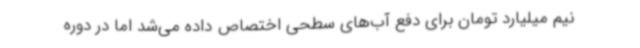
نیم میلیارد تومان برای دفع آب‌های سطحی اختصاص داده می‌شد اما در دوره